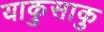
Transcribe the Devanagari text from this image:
याकुसाकु